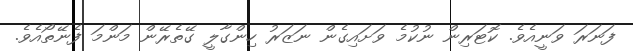
ފަނަރަ ވަނީއެވެ. ކޮޓަރިން ނުކުމެ ވަށައިގެން ނަޒަރު ހިންގާލީ ގޭތެރޭން މަންމަ ފެނޭތޯއެވެ.